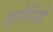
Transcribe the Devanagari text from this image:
इलेपिडी